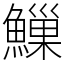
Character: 䲃